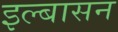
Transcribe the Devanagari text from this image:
इल्बासन